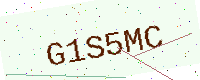
Text: G1S5MC